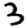
Digit: 3